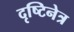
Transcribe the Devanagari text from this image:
दृष्टिनेत्र